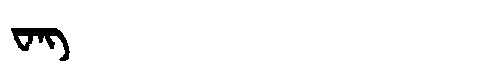
Manchu: ᠸᠠᠩ
Romanization: WANG